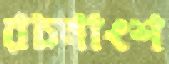
রচনাংশ